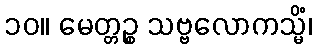
၁၀။ မေတ္တဉ္စ သဗ္ဗလောကသ္မိံ၊